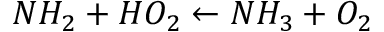
N H _ { 2 } + H O _ { 2 } \leftarrow N H _ { 3 } + O _ { 2 }